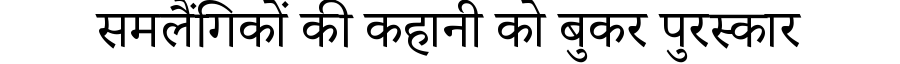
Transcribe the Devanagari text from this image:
समलैंगिकों की कहानी को बुकर पुरस्कार